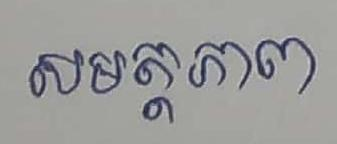
សមត្ថភាព